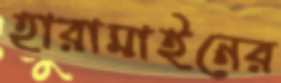
হারামাইনের